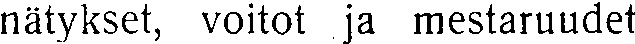
nätykset, voitot ja mestaruudet